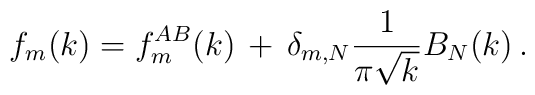
f_m(k)=f^{AB}_m(k)\,+\,\delta_{m,N}{1\over\pi\sqrt{k}}B_N(k)\,.